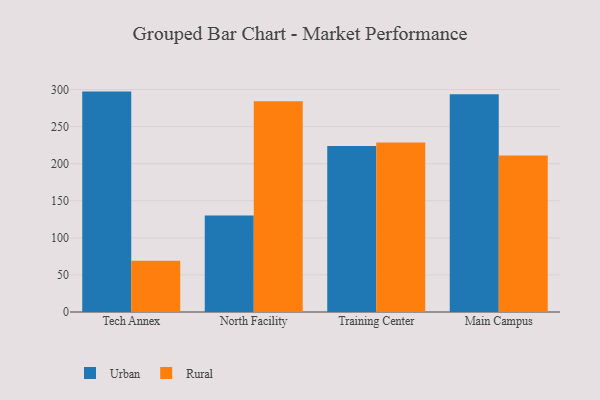
{"axis": {"x": "Campus", "y": "Website Visitors"}, "legend": ["Rural", "Urban"], "data": [{"x": "Tech Annex", "y": 297.2, "type": "Urban"}, {"x": "Tech Annex", "y": 69.0, "type": "Rural"}, {"x": "North Facility", "y": 130.1, "type": "Urban"}, {"x": "North Facility", "y": 284.2, "type": "Rural"}, {"x": "Training Center", "y": 224.0, "type": "Urban"}, {"x": "Training Center", "y": 228.4, "type": "Rural"}, {"x": "Main Campus", "y": 293.6, "type": "Urban"}, {"x": "Main Campus", "y": 210.9, "type": "Rural"}]}